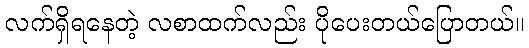
လက်ရှိရနေတဲ့ လစာထက်လည်း ပိုပေးတယ်ပြောတယ်။